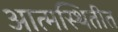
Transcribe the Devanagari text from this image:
आत्मस्थितीत